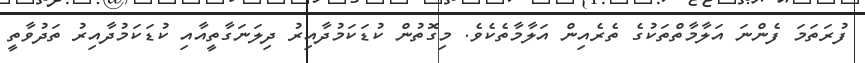
ފުރަތަމަ ފެންނަ އަލާމާތްތަކުގެ ތެރެއިން އަލާމާތެކެވެ. މިގޮތުން ކުޑަކަމުދާއިރު ދިލަނަގާތީއާއި ކުޑަކަމުދާއިރު ތަދުވާތީ